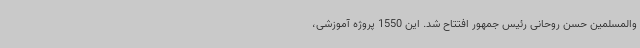
والمسلمین حسن روحانی رئیس جمهور افتتاح شد. این 1550 پروژه آموزشی،